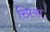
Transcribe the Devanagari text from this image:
स्प्रिया